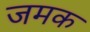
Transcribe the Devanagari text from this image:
जमक